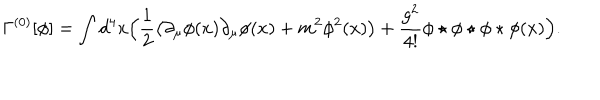
\Gamma ^ { ( 0 ) } [ \phi ] = \int d ^ { 4 } x \Big ( \frac 1 2 \big ( \partial _ { \mu } \phi ( x ) \partial _ { \mu } \phi ( x ) + m ^ { 2 } \phi ^ { 2 } ( x ) \big ) + \frac { g ^ { 2 } } { 4 ! } \phi \star \phi \star \phi \star \phi ( x ) \Big ) .